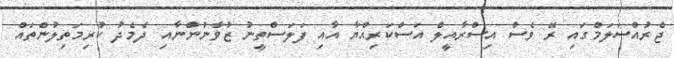
ޖެރުއްސަލަމްގައި ރޭ ވެސް އިސްރާއީލް އަސްކަރިއްޔާ އާއި ފަލަސްތީނު ޒުވާނުންނާއި ދެމެދު ކުރިމަތިލުންތައް